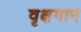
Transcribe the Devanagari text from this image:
वृक्षगान